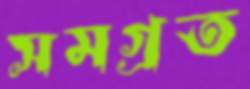
সমগ্রত